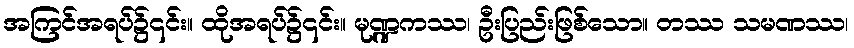
အကြင်အရပ်၌၎င်း။ ထိုအရပ်၌၎င်း။ မုဏ္ဍကဿ၊ ဦးပြည်းဖြစ်သော။ တဿ သမဏဿ၊